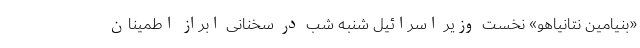
«بنیامین نتانیاهو» نخست وزیر اسرائیل شنبه شب در سخنانی ابراز اطمینان